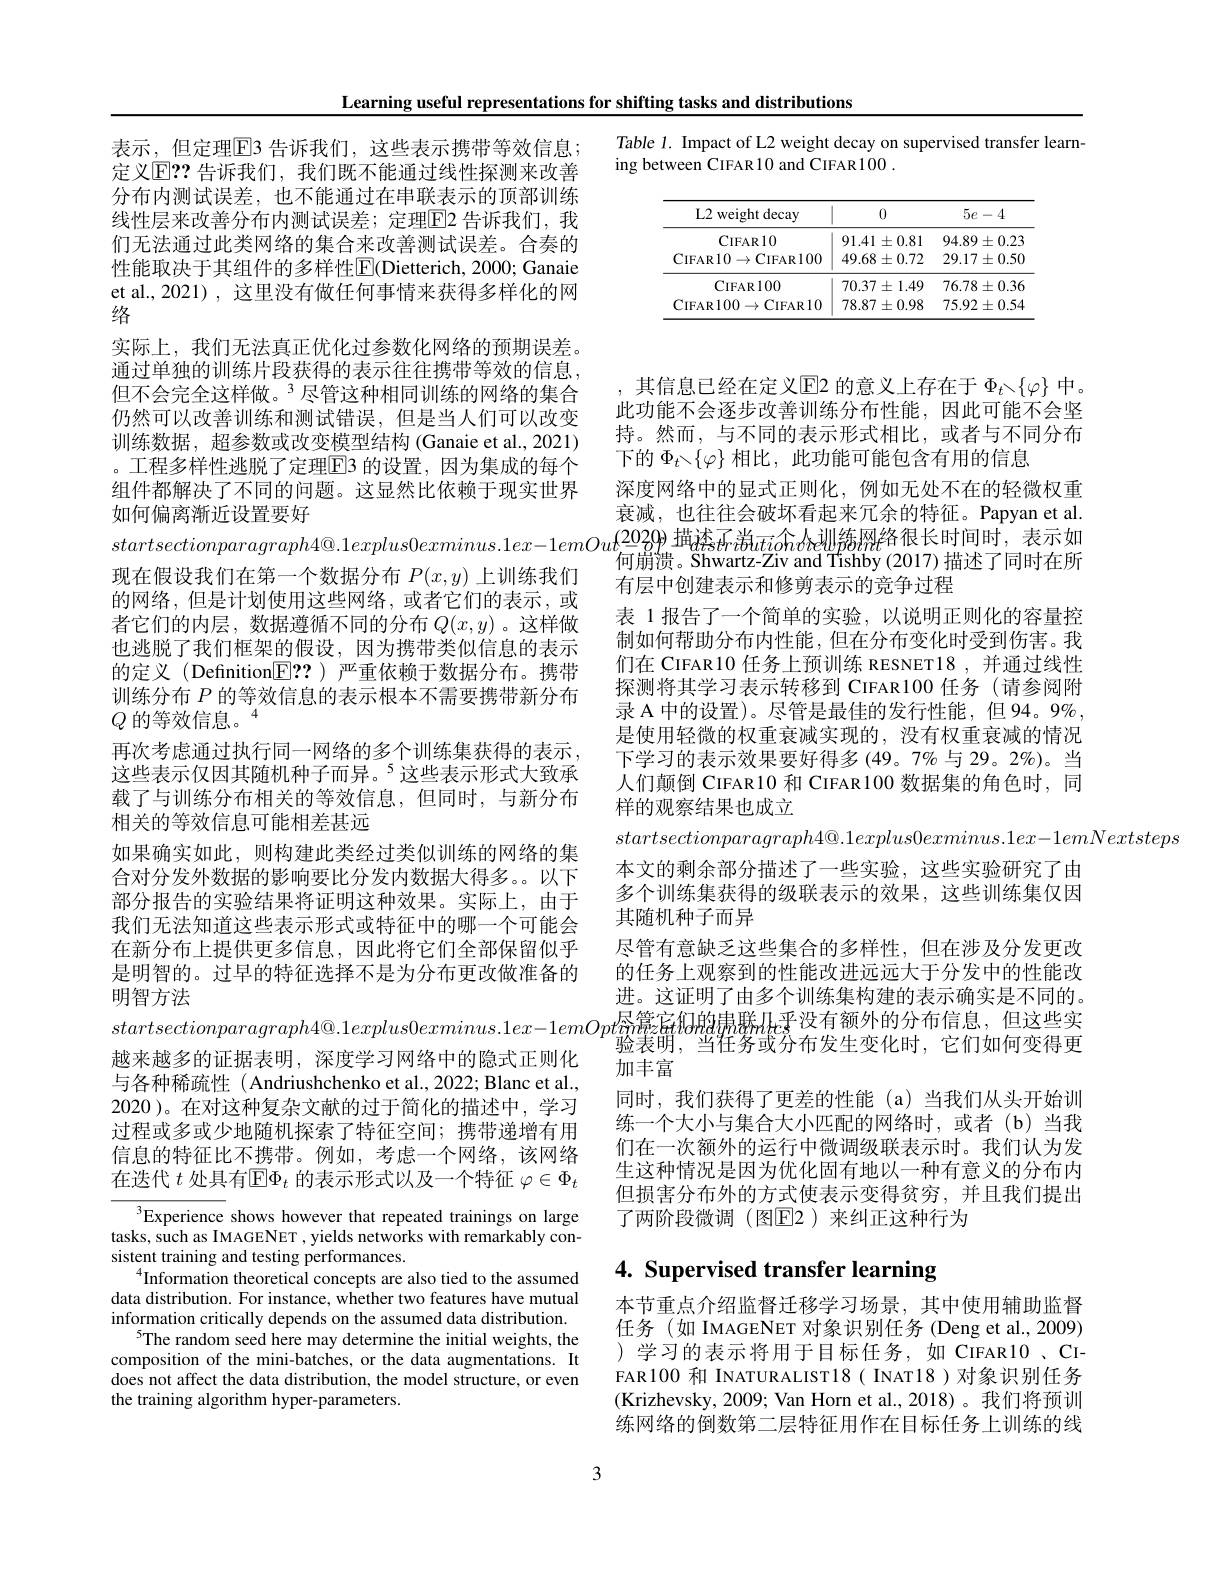
Learning useful representations for shifting tasks and distributions
表示，但定理$\overline{\mathrm{E}}$3 告诉我们，这些表示携带等效信息； 定义$\operatorname{E}??$ 告诉我们，我们既不能通过线性探测来改善分布内测试误差，也不能通过在串联表示的顶部训练线性层来改善分布内测试误差；定理$\boxed{\mathrm{F}}$2 告诉我们，我们无法通过此类网络的集合来改善测试误差。合奏的性能取决于其组件的多样性E$( Dietterich, 2000;$ Ganaie et al.,2021) , 这里没有做任何事情来获得多样化的网络
实际上，我们无法真正优化过参数化网络的预期误差。通过单独的训练片段获得的表示往往携带等效的信息， 但不会完全这样做。$^{3}$尽管这种相同训练的网络的集合仍然可以改善训练和测试错误，但是当人们可以改变训练数据，超参数或改变模型结构 (Ganaie et al., 2021) 。工程多样性逃脱了定理$\overline{\mathrm{E}}$3 的设置，因为集成的每个组件都解决了不同的问题。这显然比依赖于现实世界如何偏离渐近设置要好
$startsectionparagraph4@.1explus0exminus.1ex-1emOut_{\text{何崩滞。Shwartz-Ziv and Tishby(2017)描述了同时在所}}$
现在假设我们在第一个数据分布$P(x,y)$上训练我们的网络，但是计划使用这些网络，或者它们的表示，或者它们的内层，数据遵循不同的分布$Q(x,y)$ 。这样做也逃脱了我们框架的假设，因为携带类似信息的表示的定义(Definition$\boxed{\mathrm{F}}??$)严重依赖于数据分布。携带训练分布$P$的等效信息的表示根本不需要携带新分布$Q\text{ 的等效信息。}^4$
再次考虑通过执行同一网络的多个训练集获得的表示， 这些表示仅因其随机种子而异。$^{5}$这些表示形式大致承载了与训练分布相关的等效信息，但同时，与新分布相关的等效信息可能相差甚远
如果确实如此，则构建此类经过类似训练的网络的集合对分发外数据的影响要比分发内数据大得多。以下部分报告的实验结果将证明这种效果。实际上，由于我们无法知道这些表示形式或特征中的哪一个可能会在新分布上提供更多信息，因此将它们全部保留似乎是明智的。过早的特征选择不是为分布更改做准备的明智方法
四 。公 山 ウ 」 由 多 $startsectionparagraph4@ . 1explus0exminus. 1ex- 1emOpt$恩 篪 宕 仍 的 棉 联 $h$于 没 有 额 外 的 分 布 信 息 , 但 这 些 实 拉 文 排 名 的 订 提 丰 明 深 畔 学 习 网 络 中 的 隐 士 正 则 化
越来越多的证据表明，深度学习网络中的隐式正则化与各种稀疏性 ( Andriushchenko et al., 2022; Blanc et al., 2020 )。在对这种复杂文献的过于简化的描述中，学习过程或多或少地随机探索了特征空间；携带递增有用信息的特征比不携带。例如，考虑一个网络，该网络在迭代$t$处具有$\overline{\mathbb{E}}\Phi_t$的表示形式以及一个特征$\varphi\in\Phi_t$
$^{3}$Experience shows however that repeated trainings on large tasks, such as IMAGENET , yields networks with remarkably con-

sistent training and testing performances.
$^{4}$Information theoretical concepts are also tied to the assumed data distribution. For instance, whether two features have mutual information critically depends on the assumed data distribution.
$^{5}$The random seed here may determine the initial weights, the composition of the mini-batches, or the data augmentations. It does not affect the data distribution, the model structure, or even the training algorithm hyper-parameters.

Table 1. Impact of L2 weight decay on supervised transfer learn-
ing between CIFAR10 and CIFAR100 .

<table>
	<tbody>
		<tr>
			<th>$L2v$ weight decay</th>
			<th>0</th>
			<th>$5e-4$</th>
		</tr>
		<tr>
			<td>CIFAR10</td>
			<td>$91.41\pm0.81$</td>
			<td>$94.89\pm0.23$</td>
		</tr>
		<tr>
			<td>CIFAR10$\to$CIFAR100</td>
			<td>$49.68\pm0.72$</td>
			<td>$29.17\pm0.50$</td>
		</tr>
		<tr>
			<td>$\mathbf{CIFAR100}$</td>
			<td>$70.37\pm1.49$</td>
			<td>$76.78\pm0.36$</td>
		</tr>
		<tr>
			<td>CIFAR100$\to$CIFAR10</td>
			<td>$78.87\pm0.98$</td>
			<td>$75.92\pm0.54$</td>
		</tr>
	</tbody>
</table>

,其信息已经在定义$\mathbb{E}$2 的意义上存在于 $\Phi_t\smallsetminus\{\varphi\}$ 中。此功能不会逐步改善训练分布性能，因此可能不会坚持。然而，与不同的表示形式相比，或者与不同分布下的$\Phi_{t\searrow}\{\varphi\}$相比，此功能可能包含有用的信息
深度网络中的显式正则化，例如无处不在的轻微权重衰减，也往往会破坏看起来冗余的特征。Papyan et al. 有层中创建表示和修剪表示的竞争过程
表 1 报告了一个简单的实验，以说明正则化的容量控制如何帮助分布内性能，但在分布变化时受到伤害。我们在 CIFAR10 任务上预训练 RESNET18 ,并通过线性探测将其学习表示转移到 CIFAR100 任务 (请参阅附录 A 中的设置)。尽管是最佳的发行性能，但 94。9%, 是使用轻微的权重衰减实现的，没有权重衰减的情况下学习的表示效果要好得多(49。7%与 29。2%)。当人们颠倒 CIFAR10 和 CIFAR100 数据集的角色时，同样的观察结果也成立
$startsectionparagraph4@.1explus0exminus.1ex-1emNextsteps$
本文的剩余部分描述了一些实验，这些实验研究了由多个训练集获得的级联表示的效果，这些训练集仅因其随机种子而异
尽管有意缺乏这些集合的多样性，但在涉及分发更改的任务上观察到的性能改进远远大于分发中的性能改进。这证明了由多个训练集构建的表示确实是不同的。加丰富
同时，我们获得了更差的性能(a)当我们从头开始训练一个大小与集合大小匹配的网络时，或者(b)当我们在一次额外的运行中微调级联表示时。我们认为发生这种情况是因为优化固有地以一种有意义的分布内但损害分布外的方式使表示变得贫穷，并且我们提出了两阶段微调(图$\mathbb{E}$2)来纠正这种行为

# 4. Supervised transfer learning

本节重点介绍监督迁移学习场景，其中使用辅助监督任务(如 IMAGENET 对象识别任务(Deng et al.,2009) )学习的表示将用于目标任务，如 CIFAR10 , CIFAR100 和 INATURALIST18( INAT18)对象识别任务(Krizhevsky,2009; Van Horn et al.,2018)。我们将预训练网络的倒数第二层特征用作在目标任务上训练的线

3